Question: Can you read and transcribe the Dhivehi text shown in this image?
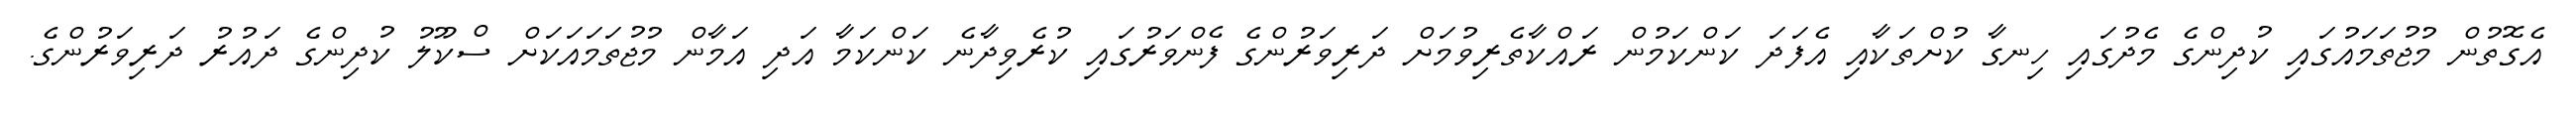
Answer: އެގޮތުން މުޖުތަމައުގައި ކުދިންގެ މެދުގައި ހިނގާ ކުށްތަކާއި އެފަދަ ކަންކަމުން ރައްކާތެރިވުމަށް ދަރިވަރުންގެ ފެންވަރުގައި ކުރެވިދާނެ ކަންކަމާ އަދި އަމާން މުޖުތަމައަކަށް ސްކޫލު ކުދިންގެ ދައުރު ދަރިވަރުންގެ.